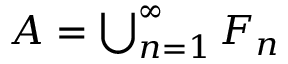
A = \textstyle \bigcup _ { n = 1 } ^ { \infty } F _ { n }